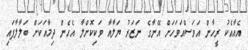
އެއާއެކު ރީހާން އަވަސްއަވަހަށް އޭނާގެ ނަޒަރު ޔަލާއާ ވަކިކޮށްލާ އެހެން ދިމާއަކަށް ބަލާލާފައި